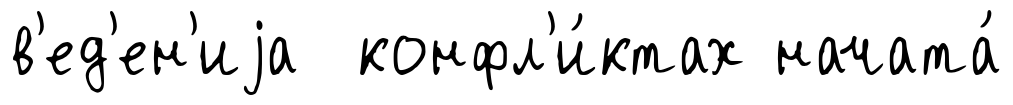
в'ед'ен'иjа конфл'и́ктах начата́